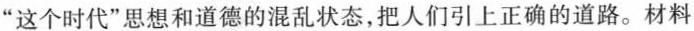
”这个时代”思想和道德的混乱状态，把人们引上正确的道路。材料